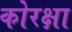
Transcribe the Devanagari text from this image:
कोरक्षा